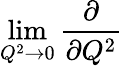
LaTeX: \operatorname*{lim}_{Q^{2}\to{0}}\frac{\partial}{\partial{Q^{2}}}